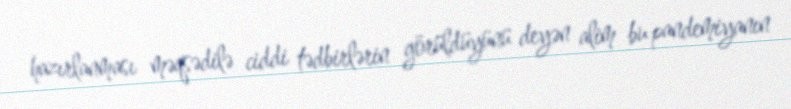
hazırlanması məqsədilə ciddi tədbirlərin görüldüyünü deyən alim bu pandemiyanın